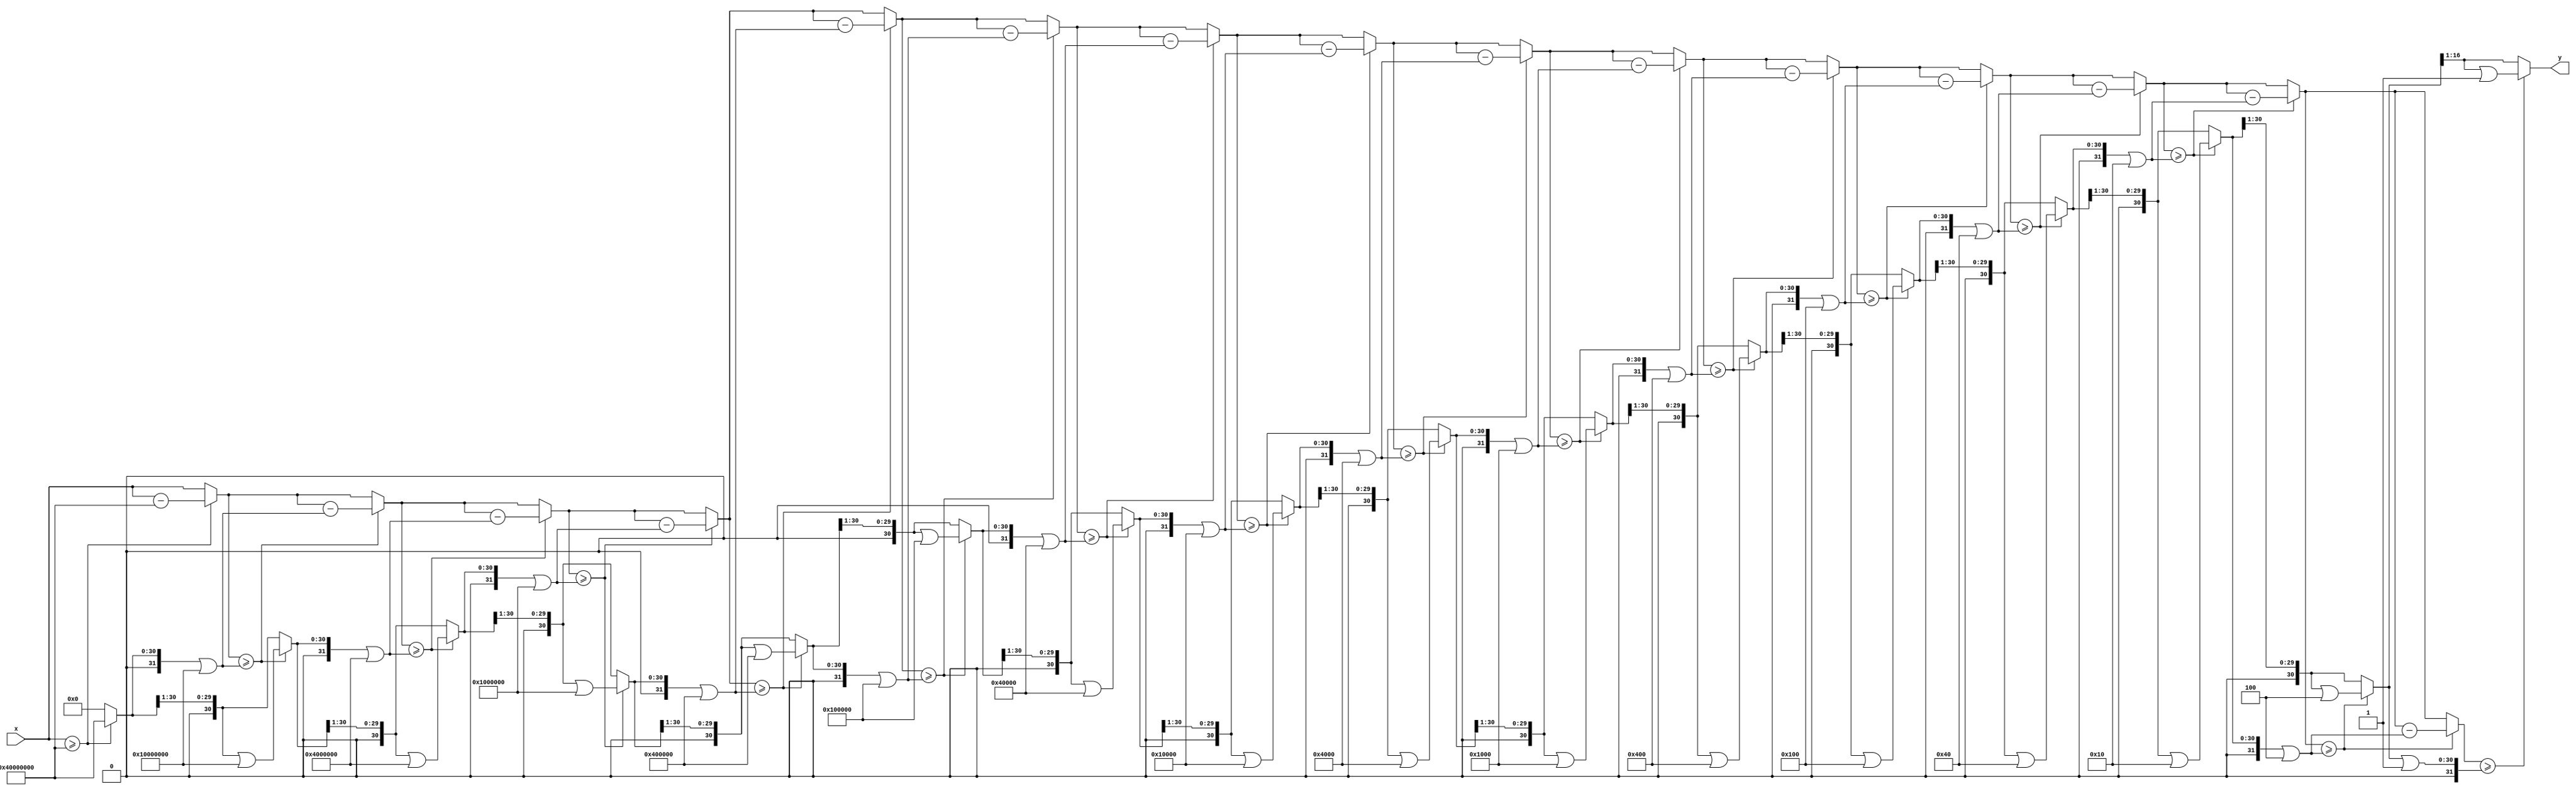
// combinational unstructured

module isqrt
(
    input      [31:0] x,
    output reg [15:0] y
);

    reg [31:0] m, tx, ty, b;

    always @*
    begin
        m  = 31'h4000_0000;
        tx = x;
        ty = 0;
    
        repeat (16)
        begin
            b  = ty |  m;
            ty = ty >> 1;
            
            if (tx >= b)
            begin
                tx = tx - b;
                ty = ty | m;
            end
            
            m = m >> 2;
        end

        y = ty [15:0];
    end

endmodule